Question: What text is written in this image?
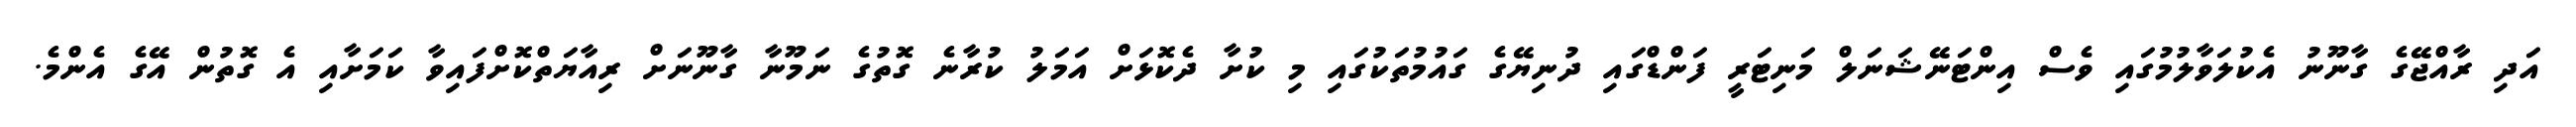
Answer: އަދި ރާއްޖޭގެ ގާނޫނު އެކުލަވާލުމުގައި ވެސް އިންޓަނޭޝަނަލް މަނިޓަރީ ފަންޑްގައި ދުނިޔޭގެ ގައުމުތަކުގައި މި ކުށާ ދެކޮޅަށް އަމަލު ކުރާނެ ގޮތުގެ ނަމޫނާ ގާނޫނަށް ރިއާޔަތްކޮށްފައިވާ ކަމަށާއި އެ ގޮތުން އޭގެ އެންމެ.